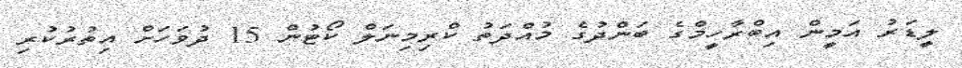
ލީޑަރު އަމީން އިބްރާހީމްގެ ބަންދުގެ މުއްދަތު ކްރިމިނަލް ކޯޓުން 15 ދުވަހަށް އިތުރުކުރި